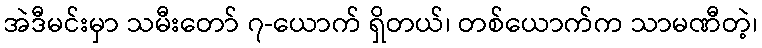
အဲဒီမင်းမှာ သမီးတော် ၇-ယောက် ရှိတယ်၊ တစ်ယောက်က သာမဏီတဲ့၊